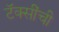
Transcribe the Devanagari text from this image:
टॅक्सींची